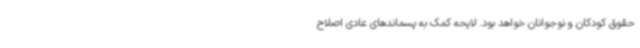
حقوق کودکان و نوجوانان خواهد بود. لایحه کمک به پسماندهای عادی اصلاح